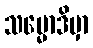
သမ္မောဒိမှာ